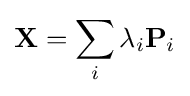
\mathbf {X} =\sum _{i}\lambda _{i}\mathbf {P} _{i}